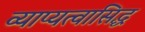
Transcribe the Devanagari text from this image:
व्याप्यत्वासिद्ध